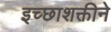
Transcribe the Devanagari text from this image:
इच्छाशक्तीने